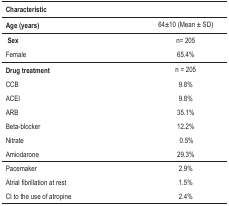
<table><thead><tr><td colspan="2"><b>Characteristic</b></td></tr><tr><td><b>Age (years) </b></td><td><b>64±10 (Mean ± SD)</b></td></tr></thead><tbody><tr><td><b>Sex </b></td><td>n= 205</td></tr><tr><td>Female</td><td>65.4%</td></tr><tr><td><b>Drug treatment </b></td><td>n = 205</td></tr><tr><td>CCB</td><td>9.8%</td></tr><tr><td>ACEI</td><td>9.8%</td></tr><tr><td>ARB</td><td>35.1%</td></tr><tr><td>Beta-blocker</td><td>12.2%</td></tr><tr><td>Nitrate</td><td>0.5%</td></tr><tr><td>Amiodarone</td><td>29.3%</td></tr><tr><td>Pacemaker</td><td>2.9%</td></tr><tr><td>Atrial fibrillation at rest</td><td>1.5%</td></tr><tr><td>CI to the use of atropine</td><td>2.4%</td></tr></tbody></table>